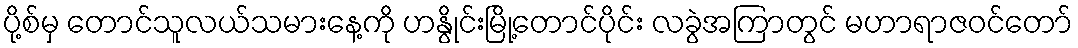
ပို့စ်မှ တောင်သူလယ်သမားနေ့ကို ဟနွိုင်းမြို့တောင်ပိုင်း လခွဲအကြာတွင် မဟာရာဇဝင်တော်